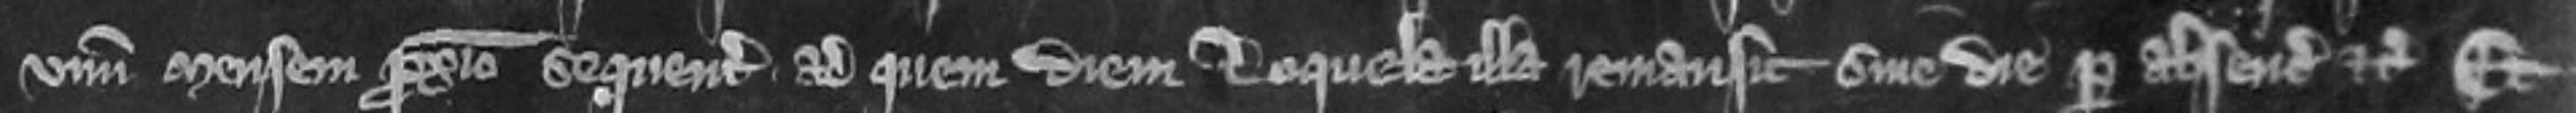
unum mensem proximo sequente ad quem diem loquela illa remansit sine die per absenciam etc Et